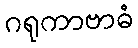
ဂရုကာဗာဓံ